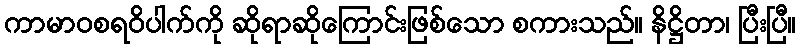
ကာမာဝစရဝိပါက်ကို ဆိုရာဆိုကြောင်းဖြစ်သော စကားသည်။ နိဋ္ဌိတာ၊ ပြီးပြီ။